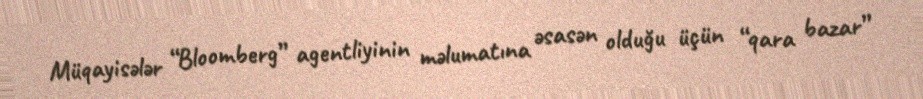
Müqayisələr “Bloomberg” agentliyinin məlumatına əsasən olduğu üçün “qara bazar”